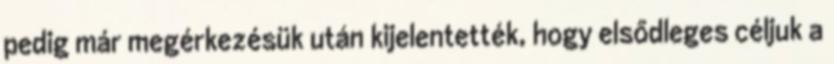
pedig már megérkezésük után kijelentették, hogy elsődleges céljuk a